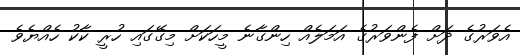
އެވަރުގެ ދަށް ފެންވަރުގެ އަމަލެއް ހިންގާނެ މީހަކަށް މިގޭގައި ހުރީ ކާކު ހެއްޔެވެ